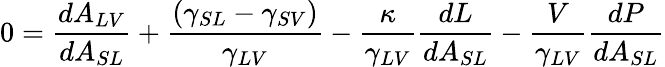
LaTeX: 0={\frac{dA_{LV}}{dA_{SL}}}+{\frac{(\gamma_{SL}-\gamma_{SV})}{\gamma_{LV}}}-{\frac{\kappa}{\gamma_{LV}}}{\frac{dL}{dA_{SL}}}-{\frac{V}{\gamma_{LV}}}{\frac{dP}{dA_{SL}}}